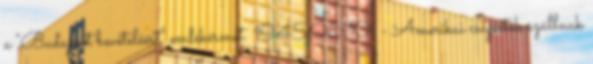
a "Budapest bevételéért" emlékérmet. 1945.06.10. - Amerikai csapatok szállnak